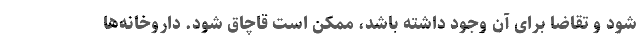
شود و تقاضا برای آن وجود داشته باشد، ممکن است قاچاق شود. داروخانه‌ها